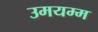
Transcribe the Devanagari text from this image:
उमयम्म